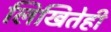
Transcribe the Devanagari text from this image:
लिखितेही